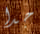
جدا